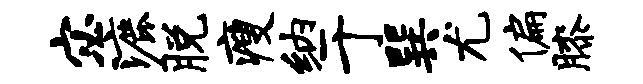
宓漉脱瘦纳于巽尤偏膝